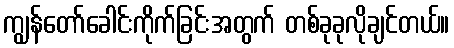
ကျွန်တော်ခေါင်းကိုက်ခြင်းအတွက် တစ်ခုခုလိုချင်တယ်။